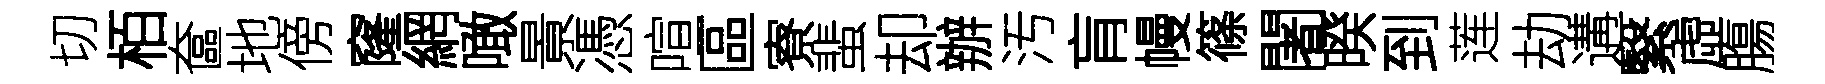
切栢奩地傍窿網噉㬌憑喧區寮蜚却辦汚肓幔篠闍暌到莲劫遘繄虛膓